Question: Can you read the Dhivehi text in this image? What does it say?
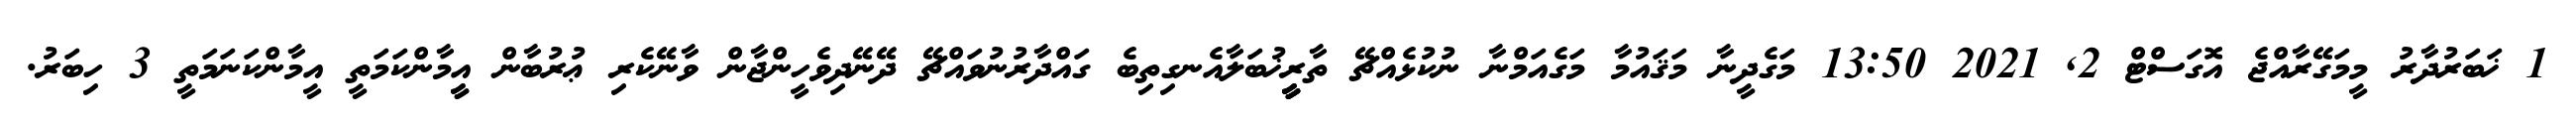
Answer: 1 ޚަބަރުދާރު މީމަގޭރާއްޖެ އޮގަސްޓް 2, 2021 13:50 މަގެދީނާ މަޤައުމާ މަގެއަމްނާ ނުކުޅެއްޗޭ ތާރީީީީޚުބަލާއެނގިތިބެ ގައްދާރުނުވައްޗޭ ދޭނޭދިވެހީންޖާން ވާނޭކެރި ޢުރުބާން އީީމާންކަމަތީ އީމާންކަނަމަތީ 3 ހިބަރު.